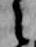
々